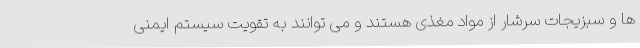
ها و سبزیجات سرشار از مواد مغذی هستند و می توانند به تقویت سیستم ایمنی